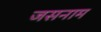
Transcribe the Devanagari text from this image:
जसनाम